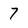
Character: 7